Source: Computer-generated
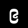
Digit: ၉ (9)